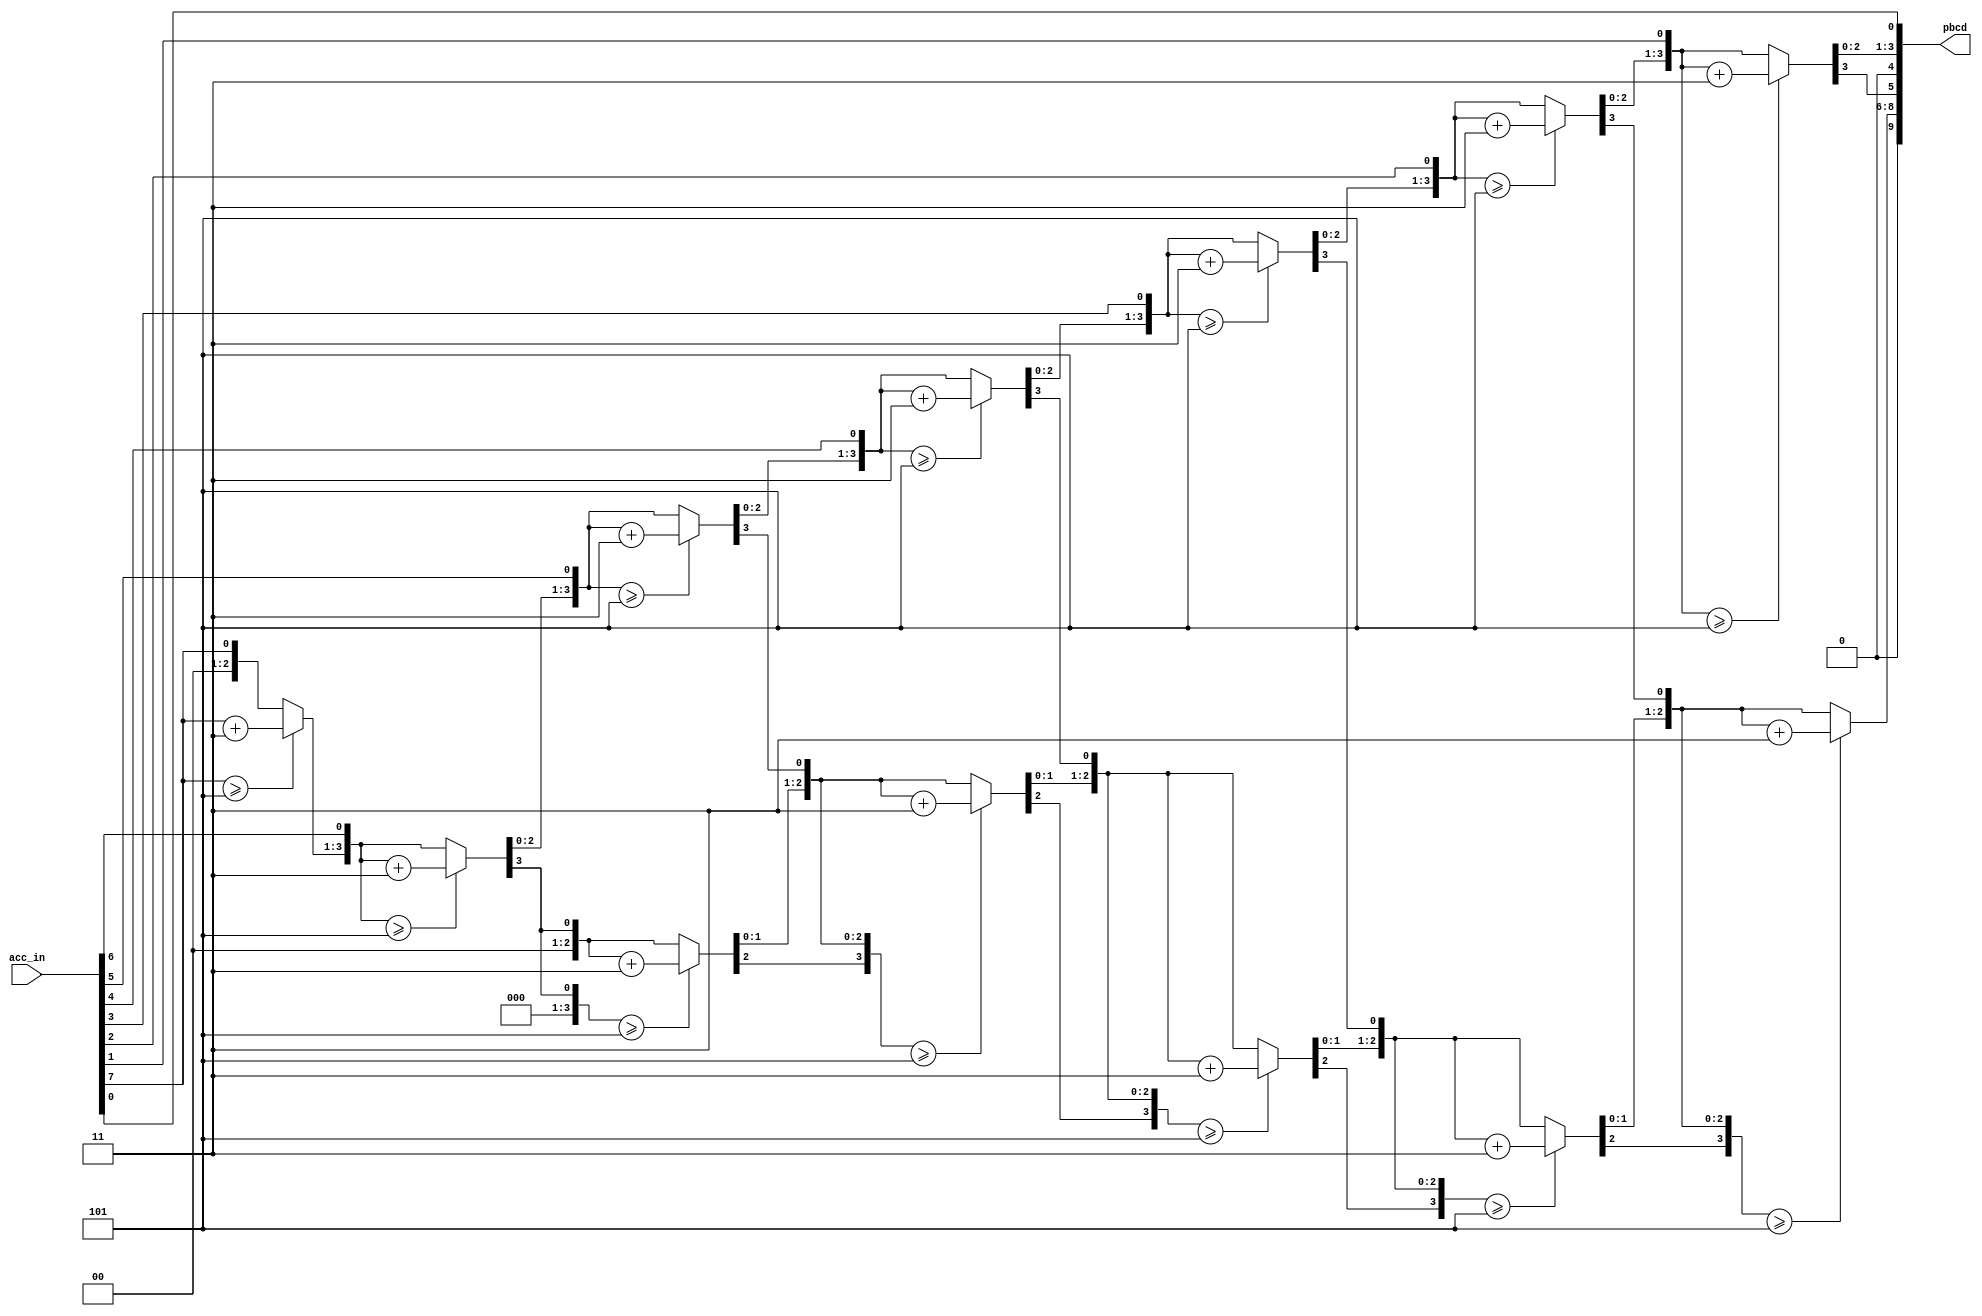
`timescale 1ns / 1ps
//////////////////////////////////////////////////////////////////////////////////
// Company: 
// Engineer: 
// 
// Design Name: 
// Module Name: decimal_converter
// Project Name: 
// Target Devices: 
// Tool Versions: 
// Description: 
// 
// Dependencies: 
// 
// Revision:
// Revision 0.01 - File Created
// Additional Comments:
// 
//////////////////////////////////////////////////////////////////////////////////

module decimal_converter(
    output reg[9:0]pbcd,//pseudo bcd
    input [7:0] acc_in
);
integer k,i;
reg [15:0]temp;//

always@(*)begin
temp[7:0]= acc_in; 
temp[15:8]=0;
for(k=0;k<8;k=k+1)begin//run 8 times for a total of 8 shifts. enough to move enire input vector over

////add 3 to hundreds, tens, ones. each section is 4 bits. 
if(temp[11:8]>=5)
temp[11:8]=temp[11:8]+3;
if(temp[15:12]>=5)
temp[15:12]=temp[15:12]+3; 
temp = temp<<1;//shift 1 
end
//[15 14 13 12 11 10 9 8    |  7 6 5 4 3 2 1 0 ]
pbcd[4:0]={1'b0, temp[11:8]};
pbcd[9:5]={1'b0, temp[15:12]};
end

endmodule// pad zeroes in each colum. doesnt go past 99 so hundreds are not used.